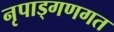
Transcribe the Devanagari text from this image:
नृपाड्गणगत